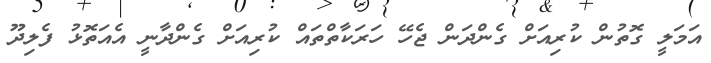
އަމަލީ ގޮތުން ކުރިއަށް ގެންދަން ޖެހޭ ހަރަކާތްތައް ކުރިއަށް ގެންދާނީ އެއަތޮޅު ފެލިދޫ